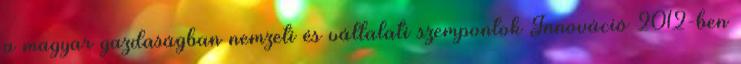
a magyar gazdaságban nemzeti és vállalati szempontok Innováció 2012-ben